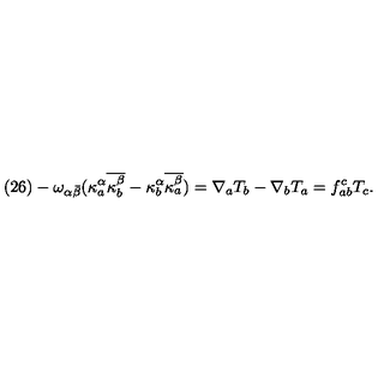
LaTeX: ( 2 6 ) - \omega _ { \alpha \bar { \beta } } ( \kappa _ { a } ^ { \alpha } \overline { { \kappa _ { b } ^ { \beta } } } - \kappa _ { b } ^ { \alpha } \overline { { \kappa _ { a } ^ { \beta } } } ) = \nabla _ { a } T _ { b } - \nabla _ { b } T _ { a } = f _ { a b } ^ { c } T _ { c } .